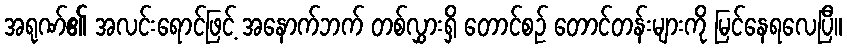
အရုဏ်၏ အလင်းရောင်ဖြင့် အနောက်ဘက် တစ်လွှားရှိ တောင်စဉ် တောင်တန်းများကို မြင်နေရလေပြီ။